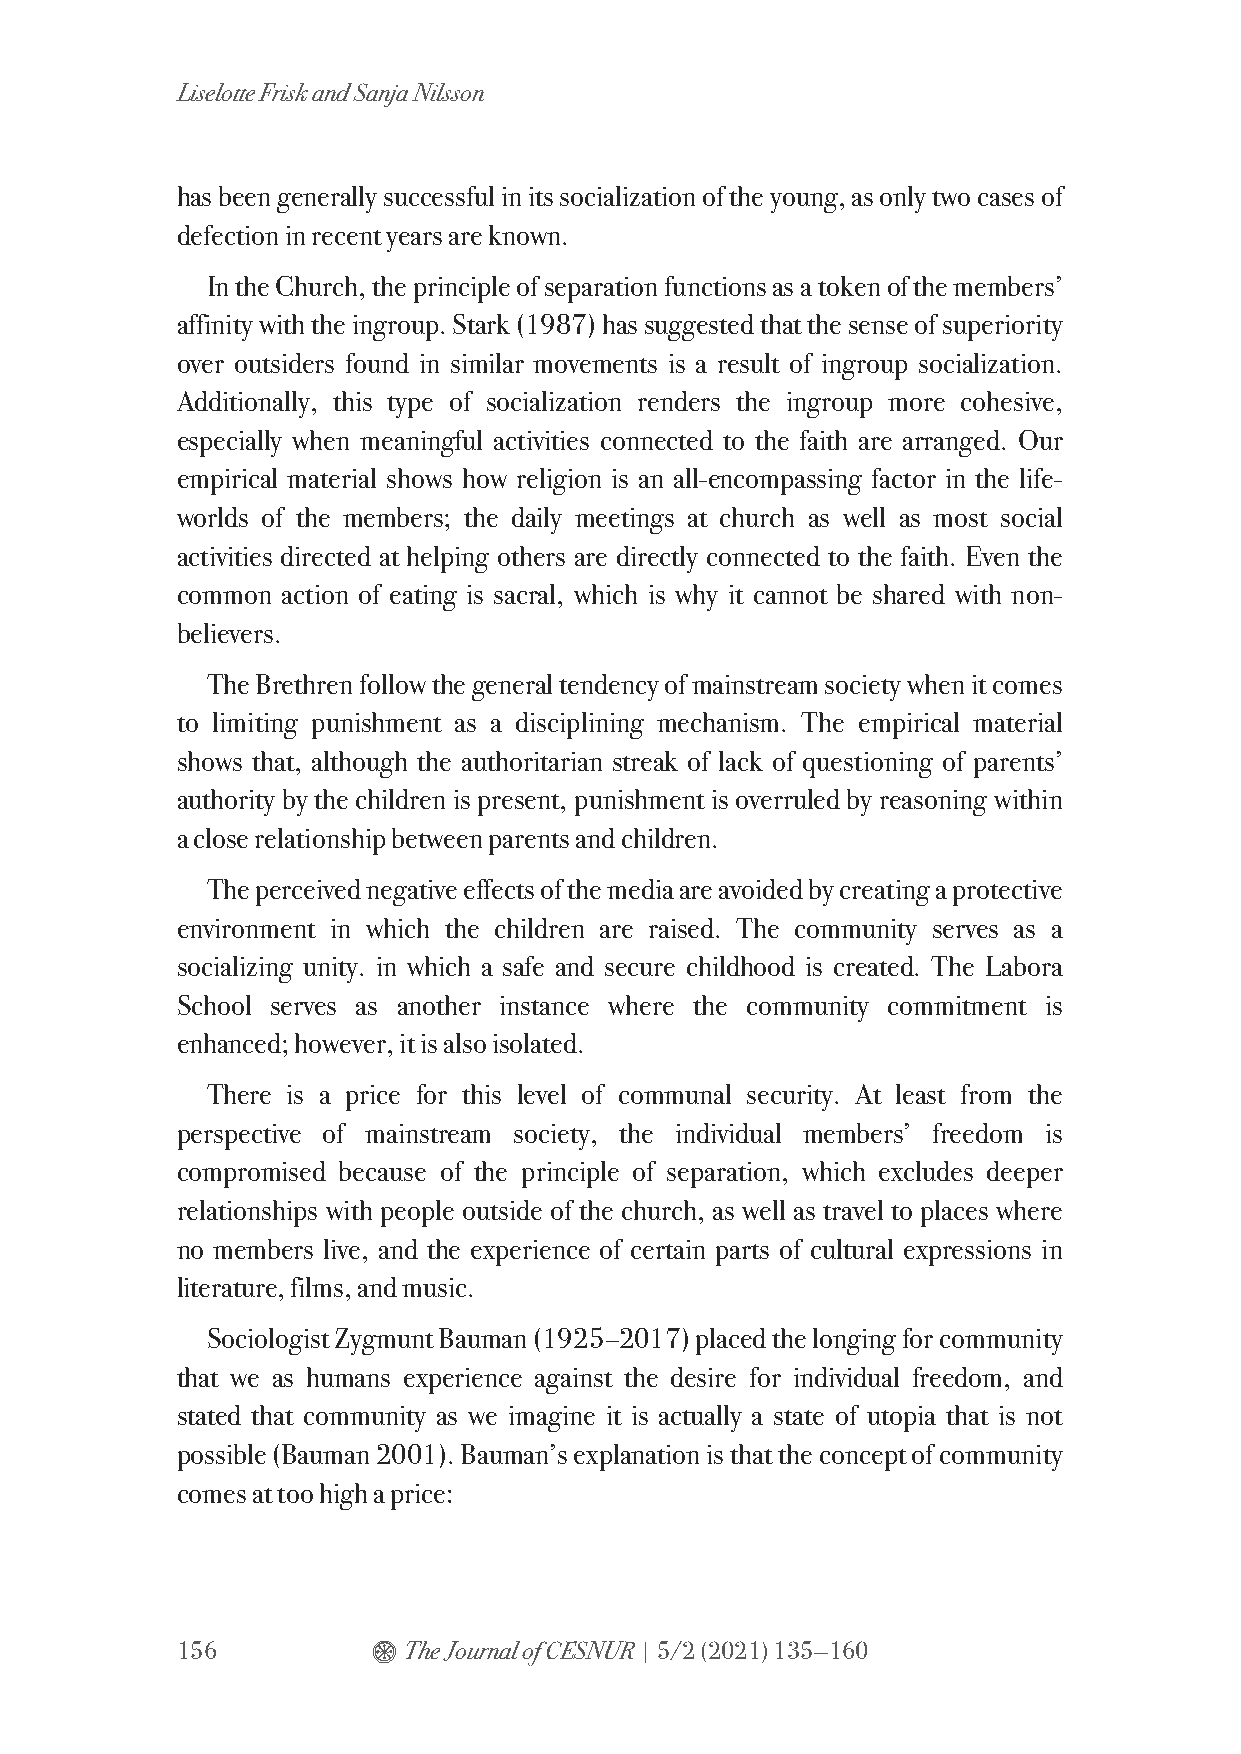
Liselotte Frisk and Sanja Nilsson
 has been generally successful in its socialization of the young, as only two cases of
 defection in recent years are known.
 In the Church, the principle of separation functions as a token of the members’
 affinity with the ingroup. Stark (1987) has suggested that the sense of superiority
 over outsiders found in similar movements is a result of ingroup socialization.
 Additionally, this type of socialization renders the ingroup more cohesive,
 especially when meaningful activities connected to the faith are arranged. Our
 empirical material shows how religion is an all-encompassing factor in the life-
 worlds of the members; the daily meetings at church as well as most social
 activities directed at helping others are directly connected to the faith. Even the
 common action of eating is sacral, which is why it cannot be shared with non-
 believers.
 The Brethren follow the general tendency of mainstream society when it comes
 to limiting punishment as a disciplining mechanism. The empirical material
 shows that, although the authoritarian streak of lack of questioning of parents’
 authority by the children is present, punishment is overruled by reasoning within
 a close relationship between parents and children.
 The perceived negative effects of the media are avoided by creating a protective
 environment in which the children are raised. The community serves as a
 socializing unity. in which a safe and secure childhood is created. The Labora
 School serves as another instance where the community commitment is
 enhanced; however, it is also isolated.
 There is a price for this level of communal security. At least from the
 perspective of mainstream society, the individual members’ freedom is
 compromised because of the principle of separation, which excludes deeper
 relationships with people outside of the church, as well as travel to places where
 no members live, and the experience of certain parts of cultural expressions in
 literature, films, and music.
 Sociologist Zygmunt Bauman (1925–2017) placed the longing for community
 that we as humans experience against the desire for individual freedom, and
 stated that community as we imagine it is actually a state of utopia that is not
 possible (Bauman 2001). Bauman’s explanation is that the concept of community
 comes at too high a price:
 156          $ The Journal of CESNUR | 5/2 (2021) 135—160